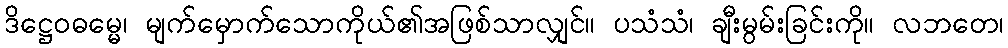
ဒိဋ္ဌေဝဓမ္မေ၊ မျက်မှောက်သောကိုယ်၏အဖြစ်သာလျှင်။ ပသံသံ၊ ချီးမွမ်းခြင်းကို။ လဘတေ၊